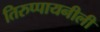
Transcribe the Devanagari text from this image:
तिरुप्पायनीली